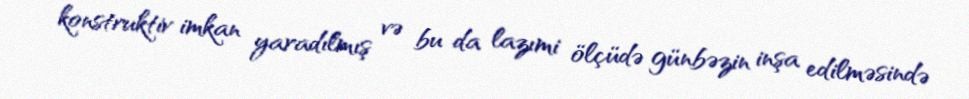
konstruktiv imkan yaradılmış və bu da lazımi ölçüdə günbəzin inşa edilməsində